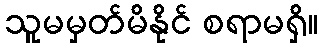
သူမမှတ်မိနိုင် စရာမရှိ။